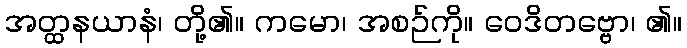
အတ္ထနယာနံ၊ တို့၏။ ကမော၊ အစဉ်ကို။ ဝေဒိတဗ္ဗော၊ ၏။